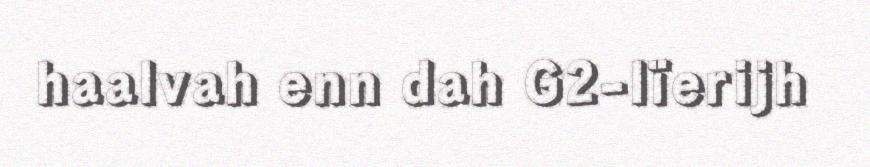
haalvah enn dah G2-lïerijh